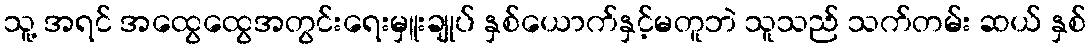
သူ့ အရင် အထွေထွေအတွင်းရေးမှူးချုပ် နှစ်ယောက်နှင့်မတူဘဲ သူသည် သက်တမ်း ဆယ် နှစ်